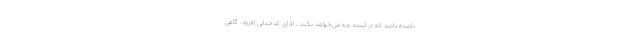
داشته باشد که در آینده چه می‌خواهد بکند . اقای کدخدایی افزود: گاهی